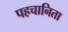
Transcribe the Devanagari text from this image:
पहचानिता